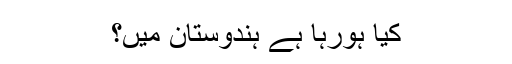
کیا ہورہا ہے ہندوستان میں؟